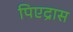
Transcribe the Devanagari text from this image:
पिएद्रास